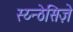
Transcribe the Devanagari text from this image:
स्य्न्ठेसिज़े